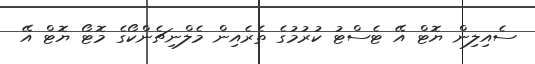
ސެއިލިން ޔޮޓް އޭ ޓެސްޓު ކުރުމުގެ ތެރެއިން މެލްނިޗެންކޯގެ މޮޓޯ ޔޮޓް އޭ